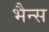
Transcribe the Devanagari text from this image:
भैन्स